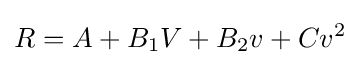
R=A+B_{1}V+B_{2}v+Cv^{2}